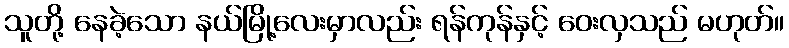
သူတို့ နေခဲ့သော နယ်မြို့လေးမှာလည်း ရန်ကုန်နှင့် ဝေးလှသည် မဟုတ်။